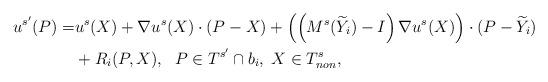
LaTeX: \begin{align*}u^{s'}(P)=&u^{s}(X)+\nabla u^{s}(X)\cdot (P-X)+ \left(\left( M^{s}(\widetilde{Y}_i)-I \right)\nabla u^{s}(X)\right) \cdot (P-\widetilde{Y}_i)\\& + R_i(P,X), ~ \; P\in T^{s'}\cap b_i, \; X \in T^{s}_{non},\end{align*}